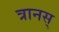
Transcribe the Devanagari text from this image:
त्रानस्